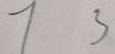
7 3